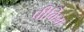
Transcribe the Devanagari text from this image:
पीकिग